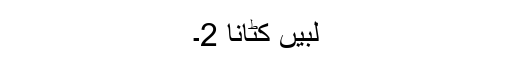
لبیں کٹانا 2۔